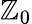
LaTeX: \mathbb{Z}_{0}